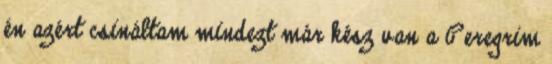
én azért csináltam mindezt már kész van a Peregrim